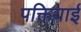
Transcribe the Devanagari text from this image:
पक्तियाई